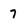
Character: 7